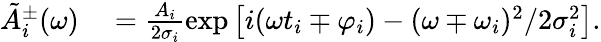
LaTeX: \begin{array}{rl}{\tilde{A}_{i}^{\pm}(\omega)}&{{}=\frac{A_{i}}{2\sigma_{i}}\exp\left[i(\omega t_{i}\mp\varphi_{i})-(\omega\mp\omega_{i})^{2}/2\sigma_{i}^{2}\right].}\end{array}